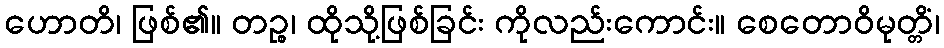
ဟောတိ၊ ဖြစ်၏။ တဉ္စ၊ ထိုသို့ဖြစ်ခြင်း ကိုလည်းကောင်း။ စေတောဝိမုတ္တိံ၊